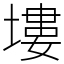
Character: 塿